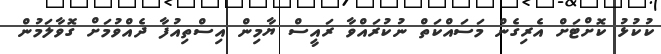
ކުކުޅު ކޮށްޓަށް އެރިގެން މަސައްކަތް ނުކުރައްވާ ރައީސް ޔާމިން އިސްތިއުފާ ދެއްވުމަށް ގޮވާލަމުން